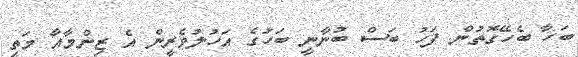
ބަހާ ބެހޭގޮތުން ފަހު ބަސް ބުނާނީ ބަހުގެ އަހުލުވެރީން އެ ޒިންމާއާ މަތި